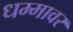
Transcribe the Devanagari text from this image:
धम्मावर